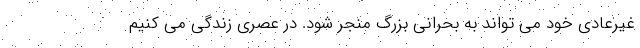
غیرعادی خود می تواند به بحرانی بزرگ منجر شود. در عصری زندگی می کنیم